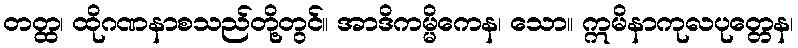
တတ္ထ၊ ထိုဂဏနာစသည်တို့တွင်။ အာဒိကမ္မိကေန၊ သော။ ဣမိနာကုလပုတ္တေန၊